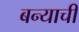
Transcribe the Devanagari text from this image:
बन्याची